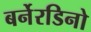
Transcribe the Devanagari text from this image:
बर्नेरडिनो